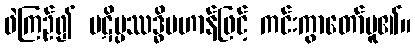
ဖဲကြဉ်၍ ပဋိပ္ပဿဒ္ဓိပဟာန်ဖြင့် ကင်းကွာတော်မူ၏။